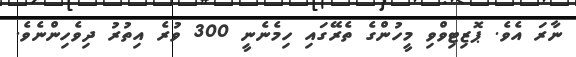
ނާރަ އެވެ. ޕޮޒިޓިވްވި މީހުންގެ ތެރޭގައި ހިމެނެނީ 300 ވުރެ އިތުުރު ދިވެހިންނެވެ.